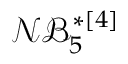
\boldsymbol { \mathcal { N B } _ { 5 } ^ { * [ 4 ] } }